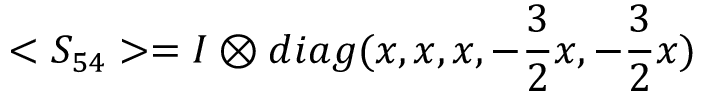
< S _ { 5 4 } > = I \otimes d i a g ( x , x , x , - { \frac { 3 } { 2 } } x , - { \frac { 3 } { 2 } } x )